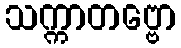
သက္ကာတဗ္ဗော